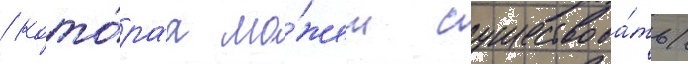
/ кото́раа мо́жет существова́ть